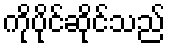
ကိုပိုင်ဆိုင်သည်